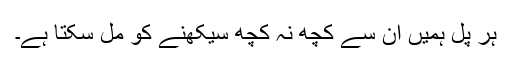
ہر پل ہمیں ان سے کچھ نہ کچھ سیکھنے کو مل سکتا ہے۔